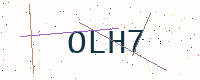
Text: OLH7